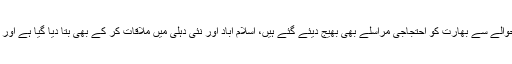
ذرائع کے مطابق پاکستان نے اس معاملے پر باضابطہ احتجاج کیا ہے اس حوالے سے بھارت کو احتجاجی مراسلے بھی بھیج دیئے گئے ہیں، اسلام آباد اور نئی دہلی میں ملاقات کر کے بھی بتا دیا گیا ہے اور کہا گیا کہ اگر یہی حالات رہے تو نئی دہلی میں کام کرنا مشکل ہوجائے گا۔